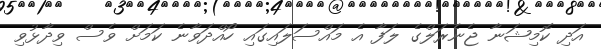
އަދި ކޮމިޝަނާ ޖެނެރަލްގެ ލަފާ އެ މައްސަލައިގައި ހޯއްދަވާނެ ކަމަށް ވެސް ވިދާޅުވި